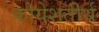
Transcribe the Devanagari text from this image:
कोयेशतीर्थ